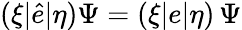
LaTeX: (\xi|\hat{e}|\eta)\Psi=(\xi|e|\eta)\, \Psi